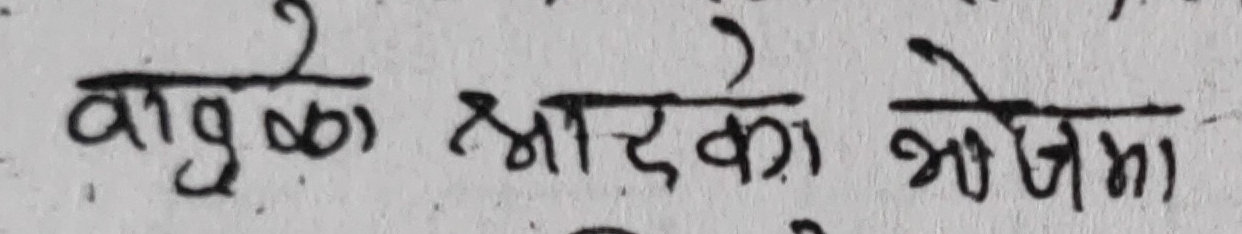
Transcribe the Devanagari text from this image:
बाबुका श्रादेका भोजमा